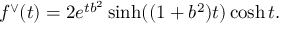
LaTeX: f ^ { \vee } ( t ) = 2 e ^ { t b ^ { 2 } } \sinh ( ( 1 + b ^ { 2 } ) t ) \cosh t .